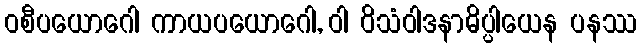
ဝစီပယောဂေါ ကာယပယောဂေါ, ဝါ ဝိသံဝါဒနာဓိပ္ပါယေန ပနဿ